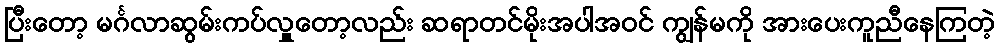
ပြီးတော့ မင်္ဂလာဆွမ်းကပ်လှူတော့လည်း ဆရာတင်မိုးအပါအဝင် ကျွန်မကို အားပေးကူညီနေကြတဲ့